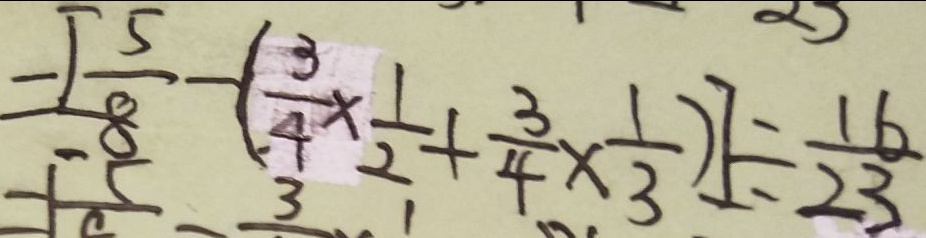
= [ \frac { 5 } { 8 } - ( \frac { 3 } { 4 } \times \frac { 1 } { 2 } + \frac { 3 } { 4 } \times \frac { 1 } { 3 } ) ] \div \frac { 1 6 } { 2 3 }